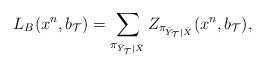
LaTeX: \begin{align*}L_{B}(x^{n},b_{\mathcal{T}}) =\sum_{\pi_{\bar{Y}_{\mathcal{T}}|\bar{X}}}Z_{\pi_{\bar{Y}_{\mathcal{T}}|\bar{X}}}(x^n,b_{\mathcal{T}}), \end{align*}